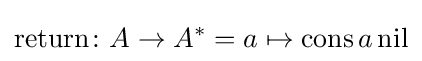
{\text{return}}\colon A\to A^{*}=a\mapsto {\text{cons}}\,a\,{\text{nil}}